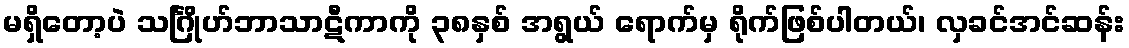
မရှိတော့ပဲ သင်္ဂြိုဟ်ဘာသာဋီကာကို ၃၈နှစ် အရွယ် ရောက်မှ ရိုက်ဖြစ်ပါတယ်၊ လှခင်အင်ဆန်း